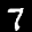
Label: 7